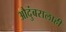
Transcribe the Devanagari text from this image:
औदुंबरालाही